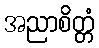
အညာစိတ္တံ